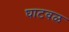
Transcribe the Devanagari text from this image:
घाटवळ